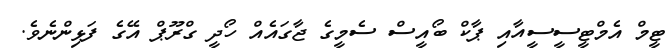
ޓީމް އެމްޓީސީސީއާއި ޕާކް ބޯއީސް ސެމީގެ ޖާގައެއް ހޯދީ ގްރޫޕް އޭގެ ފަޅިންނެވެ.